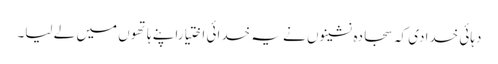
دہائی خدادی کہ سجادہ نشینوں نے یہ خدائی اختیاراپنے ہاتھوں میں لے لیا۔